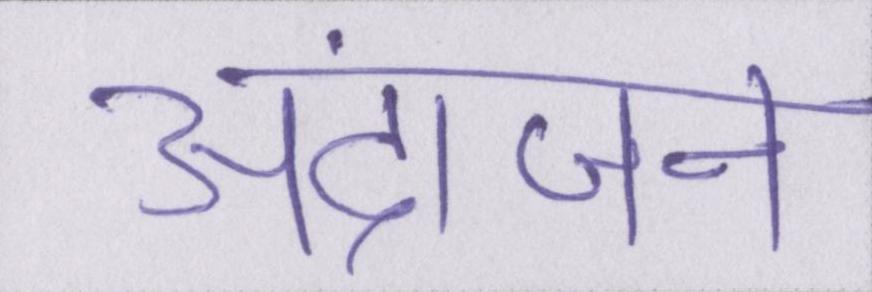
अंदाजन